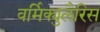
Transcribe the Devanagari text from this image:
वर्मिक्युलैरिस